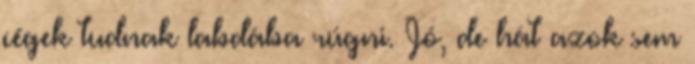
cégek tudnak labdába rúgni. Jó, de hát azok sem